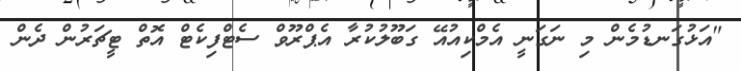
"އަޅުގަނޑުމެން މި ނަގަނީ އެމްކިއުއޭ ގަބޫލުކުރާ އެޕްރޫވް ސެޓްފިކެޓް އޮތް ޓީޗަރުން ދެން